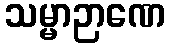
သမ္မာဉာဏေ